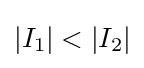
|I_{1}|<|I_{2}|